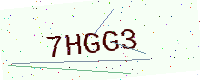
Text: 7HGG3